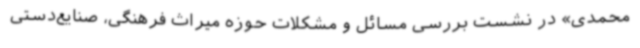
محمدی» در نشست بررسی مسائل و مشکلات حوزه میراث فرهنگی، صنایع‌دستی